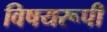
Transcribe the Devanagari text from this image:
विषयरूपी